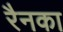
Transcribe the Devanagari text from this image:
रैनका